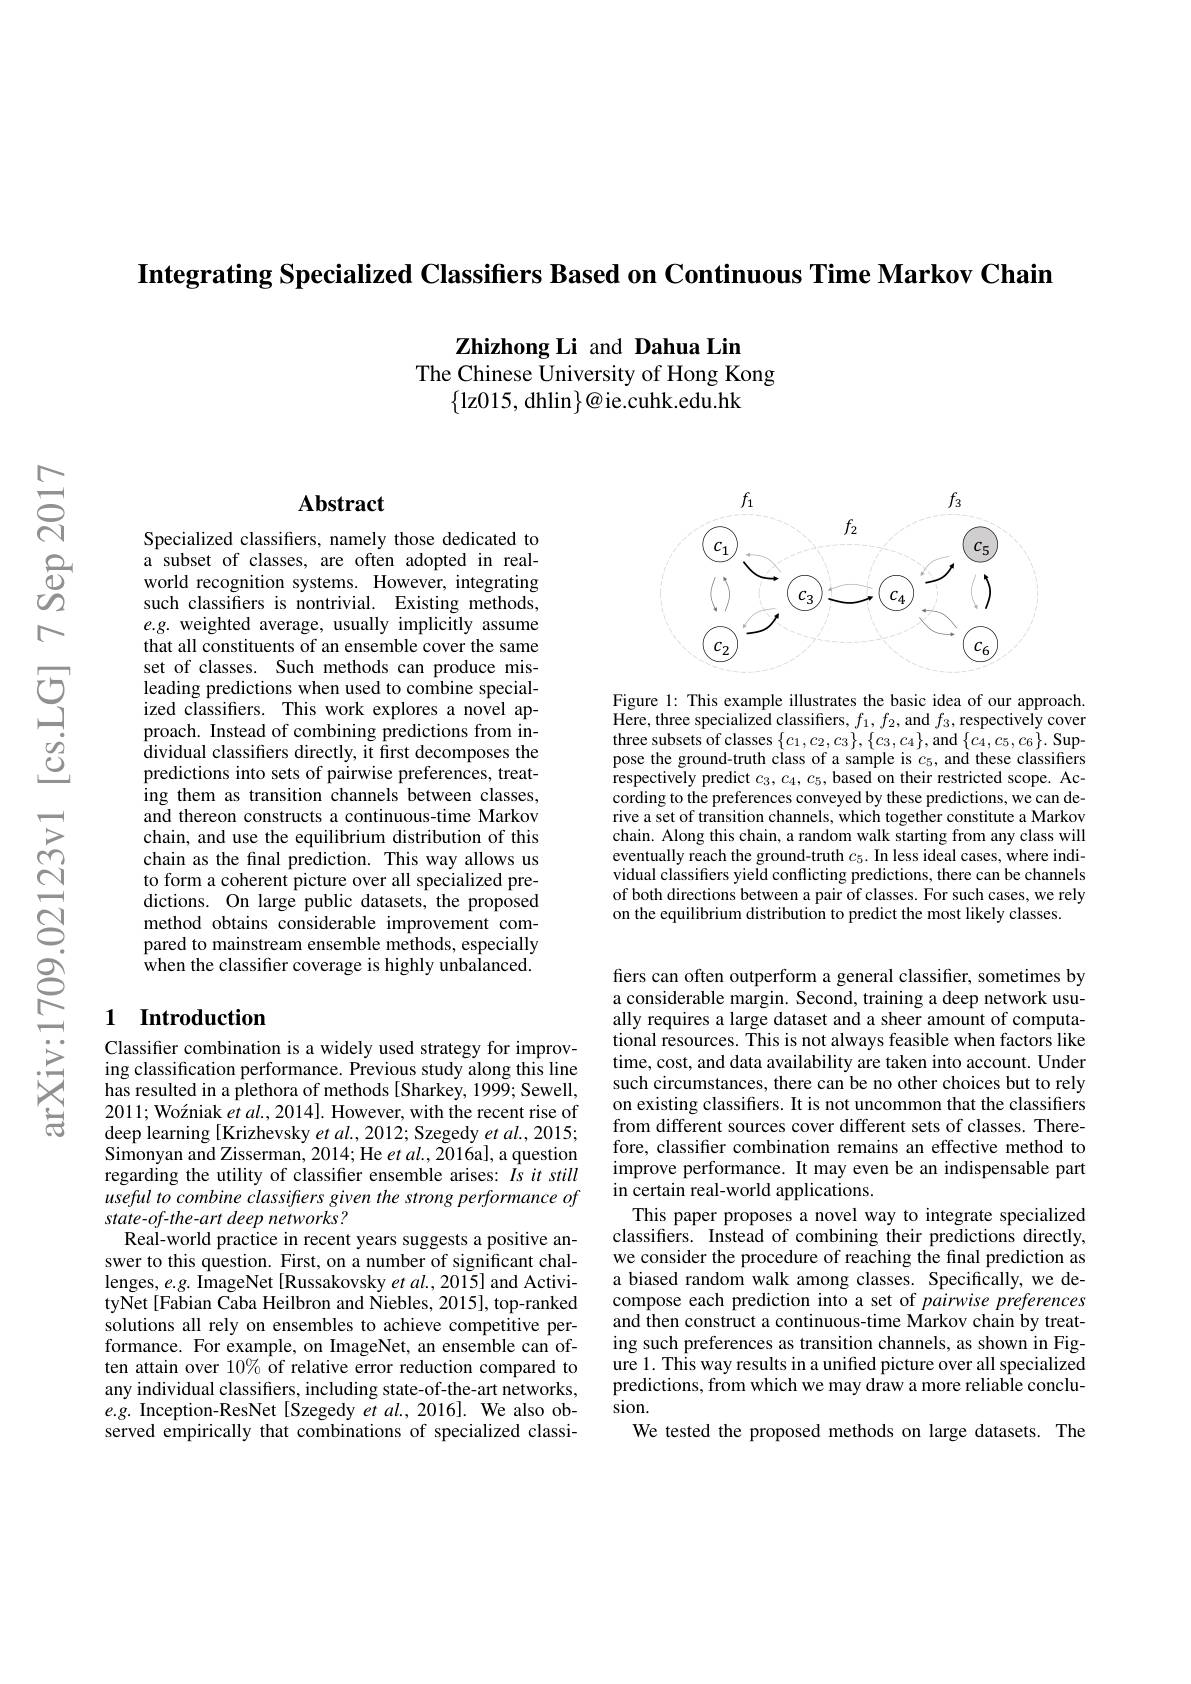
Integrating Specialized Classifers Based on Continuous Time Markov Chain

Zhizhong Li and Dahua Lin
The Chinese University of Hong Kong
$\{$lz015, dhlin$\}@$ie.cuhk.edu.hk

## $\mathbf{Abstract}$

Specialized classifiers, namely those dedicated to a subset of classes, are often adopted in realworld recognition systems. However, integrating such classifiers is nontrivial. Existing methods, $e.g.$ weighted average, usually implicitly assume that all constituents of an ensemble cover the same set of classes. Such methods can produce misleading predictions when used to combine specialized classifiers. This work explores a novel approach. Instead of combining predictions from individual classifiers directly, it first decomposes the predictions into sets of pairwise preferences, treating them as transition channels between classes, and thereon constructs a continuous-time Markov chain, and use the equilibrium distribution of this chain as the final prediction. This way allows us to form a coherent picture over all specialized predictions. On large public datasets, the proposed method obtains considerable improvement compared to mainstream ensemble methods, especially when the classifier coverage is highly unbalanced.

## 1 Introduction

Classifier combination is a widely used strategy for improving classification performance. Previous study along this line $\bar{\text{has resulted in a plethora of methods[Sharkey, 1999; Sewell,}}$ $2011; \text{Wo\' {z}niaketal. , 2014] . However, withtherecentriseof}$ deep learning [Krizhevsky et al., 2012; Szegedy et al., 2015; $\bar{\text{Simonyan and Zisserman, 2014; He et al., 2016a], a question}}$ regarding the utility of classifier ensemble arises: $Is$ it still useful to combine classifrers given the strong performance of state-of-the-art deep networks?
Real-world practice in recent years suggests a positive answer to this question. First, on a number of significant challenges, $e.g.$ ImageNet [Russakovsky et al., 2015] and ActivityNet[Fabian Caba Heilbron and Niebles, 2015], top-ranked solutions all rely on ensembles to achieve competitive performance. For example, on ImageNet, an ensemble can often attain over $10\%$ of relative error reduction compared to any individual classifiers, including state-of-the-art networks, $e.g.$ Inception-ResNet[Szegedy $\bar {et}\textit{al. , 2016] . We also ob- }$ served empirically that combinations of specialized classi-

<FigureHere>

Figure 1: This example illustrates the basic idea of our approach. Here, three specialized classifiers, $f_1,f_2$, and $f_3$, respectively cover three subsets of classes$\left \{ c_{1}, c_{2}, c_{3}\right \} , \left \{ c_{3}, c_{4}\right \} $,and$\left \{ c_{4}, c_{5}, c_{6}\right \} .$Sup- pose the ground- truth class of a sample is $c_{5}$, and these classifiers respectively predict $c_3,c_4,c_5$, based on their restricted scope. According to the preferences conveyed by these predictions, we can derive a set of transition channels, which together constitute a Markov chain. Along this chain, a random walk starting from any class will eventually reach the ground-truth $c_5.$ In less ideal cases, where individual classifiers yield conflicting predictions, there can be channels of both directions between a pair of classes. For such cases, we rely on the equilibrium distribution to predict the most likely classes.

fiers can often outperform a general classifier, sometimes by a considerable margin. Second, training a deep network usually requires a large dataset and a sheer amount of computational resources. This is not always feasible when factors like time, cost, and data availability are taken into account. Under such circumstances, there can be no other choices but to rely on existing classifiers. It is not uncommon that the classifiers from different sources cover different sets of classes. Therefore, classifer combination remains an effective method to improve performance. It may even be an indispensable part in certain real-world applications.
This paper proposes a novel way to integrate specialized classifiers. Instead of combining their predictions directly, we consider the procedure of reaching the final prediction as a biased random walk among classes. Specifically, we decompose each prediction into a set of pairwise preferences and then construct a continuous-time Markov chain by treating such preferences as transition channels, as shown in Figure 1. This way results in a unified picture over all specialized predictions, from which we may draw a more reliable conclusion.
We tested the proposed methods on large datasets. The